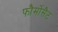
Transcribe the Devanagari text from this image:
फौर्मोसैट